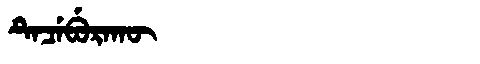
Manchu: ᡨᡝᠴᡝᠪᡠᡵᠠᡴᡡ
Romanization: TECEBURAKŪ